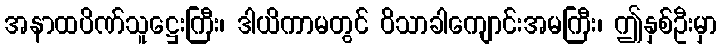
အနာထပိဏ်သူဋ္ဌေးကြီး၊ ဒါယိကာမတွင် ဝိသာခါကျောင်းအမကြီး၊ ဤနှစ်ဦးမှာ